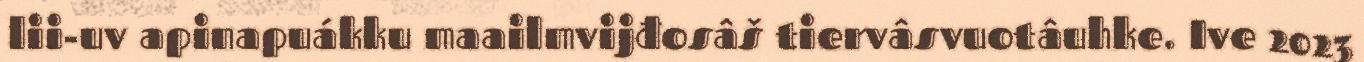
lii-uv apinapuákku maailmvijđosâš tiervâsvuotâuhke. Ive 2023